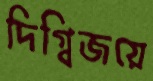
দিগ্বিজয়ে